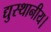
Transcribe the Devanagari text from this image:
द्युस्थानीय।